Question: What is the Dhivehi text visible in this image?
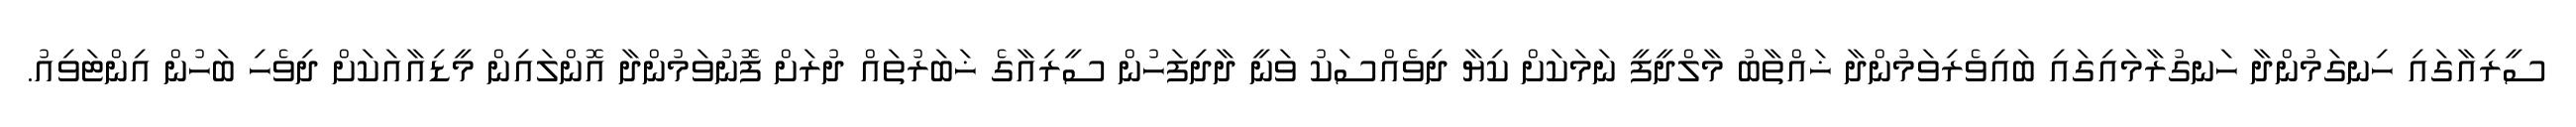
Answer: ސީރިއާގައި ހިނގަމުންދާ ހަނގުރާމައިގައި ބައިވެރިވަމުންދާ ޚައްތާބު މާލްދީފީ ނަމަކަށް ކިޔާ ދިވެއްސަކު ވަނީ ދާދިފަހުން ސީރިއާގެ ޚަބަރުތައް ދުރަށް ފޮނުވަމުންދާ އޮންލައިން މީޑިއާއަކަށް ދިވެހި ބަހުން އިންޓަވިއު.